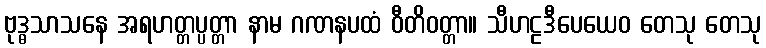
ဗုဒ္ဓသာသနေ အရဟတ္တပ္ပတ္တာ နာမ ဂဏနပထံ ဝီတိဝတ္တာ။ သီဟဠဒီပေယေဝ တေသု တေသု